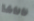
ناتاشا